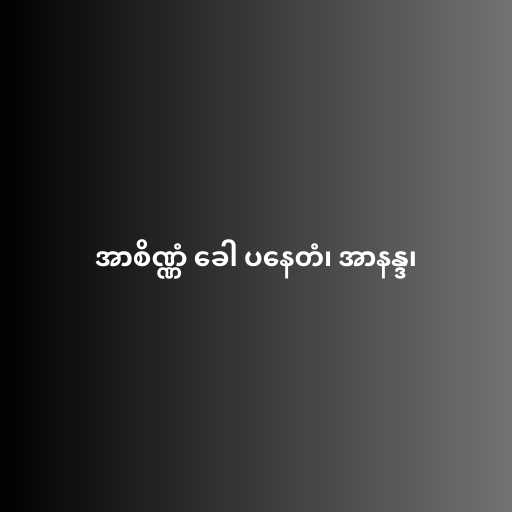
အာစိဏ္ဏံ ခေါ ပနေတံ၊ အာနန္ဒ၊